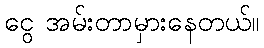
ငွေ အမ်းတာမှားနေတယ်။